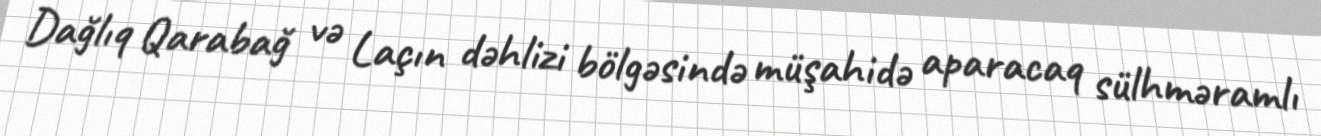
Dağlıq Qarabağ və Laçın dəhlizi bölgəsində müşahidə aparacaq sülhməramlı